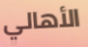
الأهالي